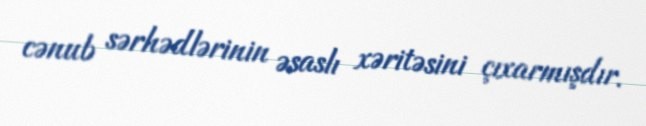
cənub sərhədlərinin əsaslı xəritəsini çıxarmışdır.